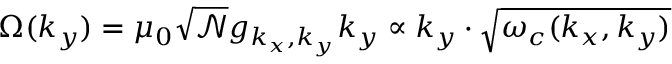
{ \Omega } ( k _ { y } ) = \mu _ { 0 } \sqrt { \mathcal { N } } g _ { k _ { x } , k _ { y } } k _ { y } \propto k _ { y } \cdot \sqrt { \omega _ { c } ( k _ { x } , k _ { y } ) }